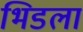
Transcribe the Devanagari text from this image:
भिडला